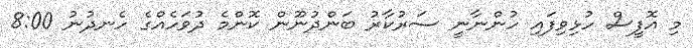
މި އޮފީސް ހުޅިވިފައި ހުންނާނީ ސަރުކާރު ބަންދުނޫން ކޮންމެ ދުވަހެއްގެ ހެނދުނު 8:00